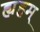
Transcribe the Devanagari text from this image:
ह्यहम्